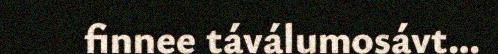
finnee táválumosávt…